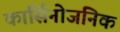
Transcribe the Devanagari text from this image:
कार्सिनोजनिक